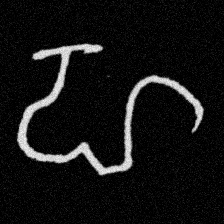
Pyu character \u2014 Myanmar letter: ဟ (romanized: ha)